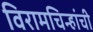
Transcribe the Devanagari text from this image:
विरामचिन्हांची